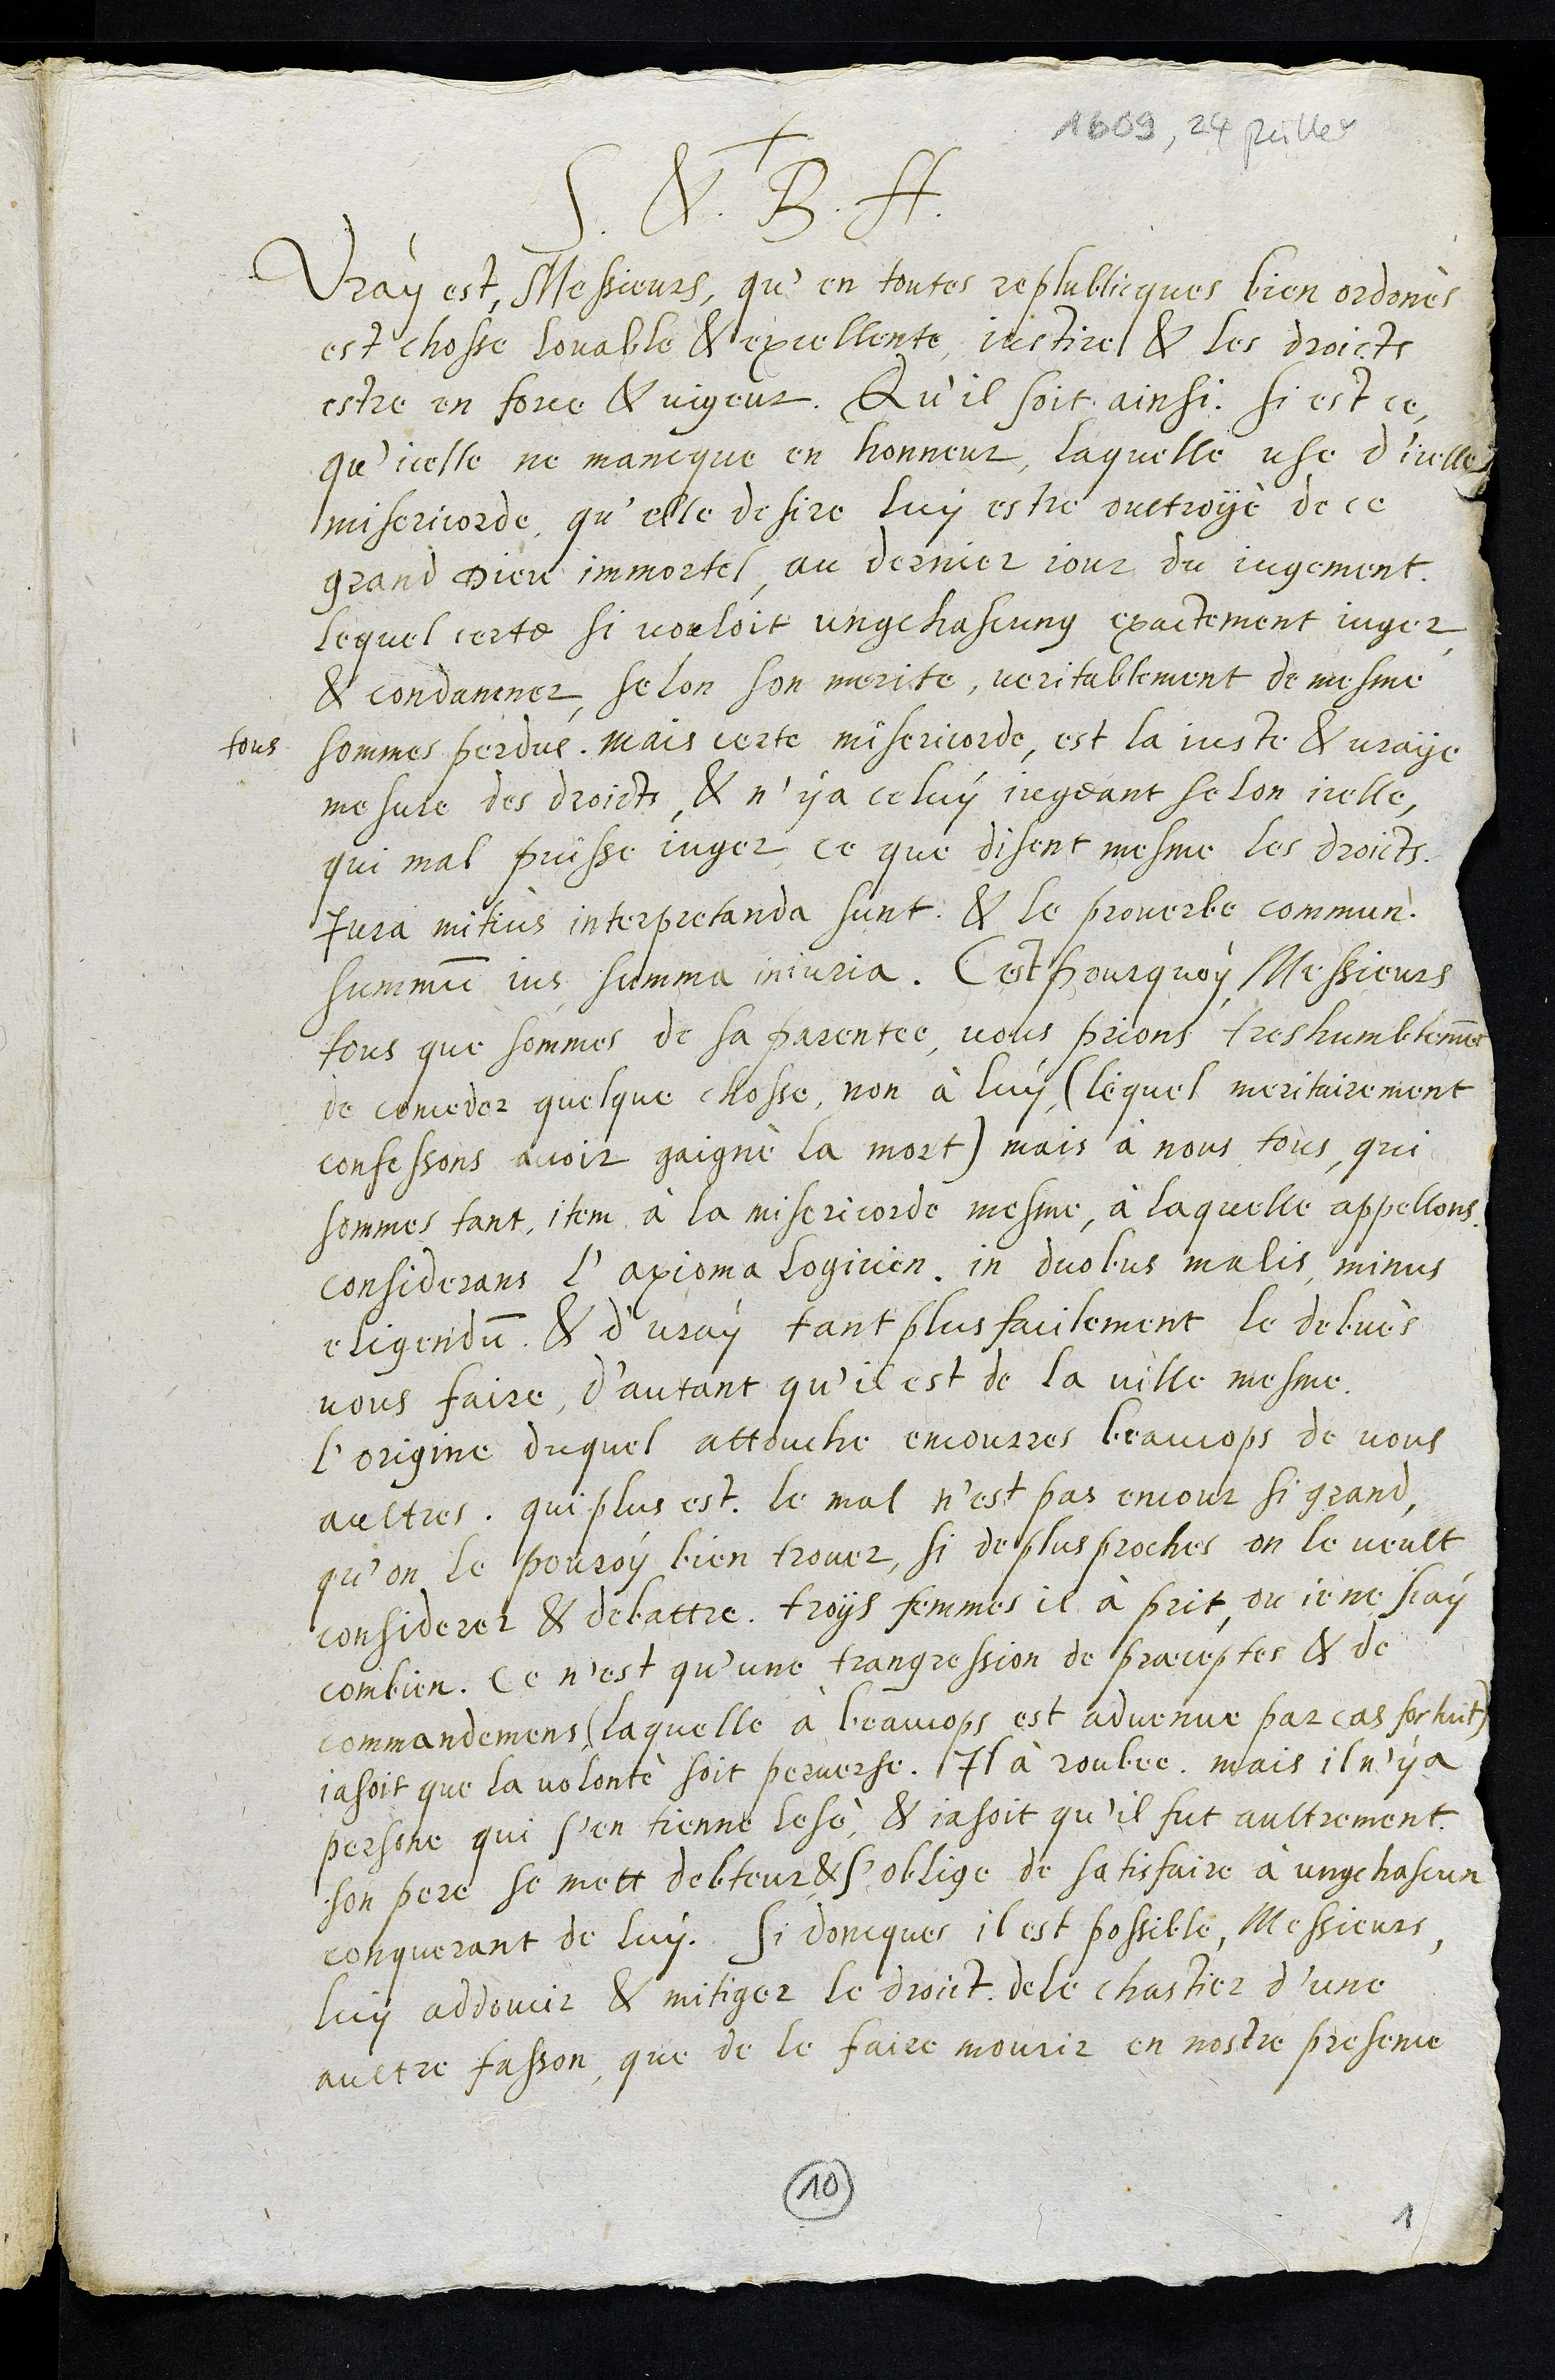
1609, 24 juillet
+
S. & B. A.
Vray est Messieurs, qu’en toutes republicques bien ordones
est chosse louable & excellente justice & les droicts
estre en force & vigeur, Qu’il soit ainsi, si est ce
qu’icelle ne mancque en honneur, laquelle use d'icelle
misericorde qu’elle desire luy estre ouctroyé de ce
grand Dieu immortel au dernier jour du jugement
lequel certe si vouloit ung chascung exactement juger
& condamner, selon son merite, veritablement de mesme
tous
sommes perdus, mais certe misericorde, est la juste & vraye
mesure des droicts & n’y a celuy jugeant selon icelle
qui mal puisse juger ce que disent mesme les droicts,
Jura mitius interpretanda sunt & le proverbe commun
summum jus summa injuria. C'est pourquoy Messieurs
tous que sommes de sa parentée, vous prions tres humblement
de conceder quelque chosse, non à luy (lequel meritairement
confessons avoit gaigné la mort) mais à nous tous, qui
sommes tant, Item à la misericorde mesme, à laquelle appellons
considerans l’axioma logicen in duobus malis, minus
eligendum & d’usay tant plus facilement le debvés
vous faire, d’autant qu’il est de la ville mesme
L'origine duquel attouche encourres baucops de nous
aultres, qui plus est, le mal n’est pas encour si grand
qu’on le pouroy bien trover, si de plus proches on le veult
considerer & debattre. troys femmes il à prit ou je ne scay
combien, ce n’est qu’une trangression de praeceptes & de
commandemens (laquelle à beaucops est advenue par cas fortuit)
ja soit que la volonté soit perverse. Il à roubee, mais il n'y a
persone qui s’en tienne lesé, & ja soit qu’il fut aultrement,
son pere se mett debteur & s'oblige de satisfaire à ung chascun
conquerant de luy. Si doncques il est possible, Messieurs,
luy addoucir & mitiger le droict de le chastier d’une
aultre fasson, que de le faire mourir en nostre presence
10
1